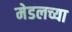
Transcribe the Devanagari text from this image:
मेडलच्या